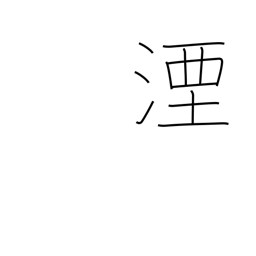
Meaning: sink